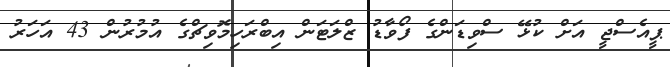
ޕީއެސްޖީ އަށް ކުޅޭ ސްވިޑަންގެ ފޯވާޑު ޒްލަޓަން އިބްރަހިމޮވިޗްގެ އުމުރުން 43 އަހަރު